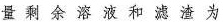
量剩余溶液和滤渣为